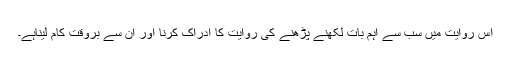
اس روایت میں سب سے اہم بات لکھنے پڑھنے کی روایت کا ادراک کرنا اور اُن سے بروقت کام لیناہے۔